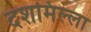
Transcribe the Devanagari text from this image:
दशमिल्ला